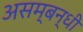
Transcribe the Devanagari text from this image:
असम्बन्धी